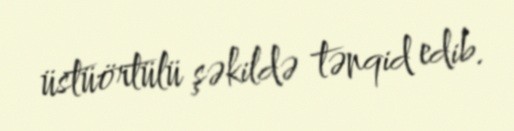
üstüörtülü şəkildə tənqid edib.